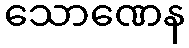
သောဏေန